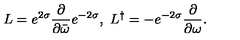
L = e ^ { 2 \sigma } \frac { \partial } { \partial \bar { \omega } } e ^ { - 2 \sigma } , \ L ^ { \dag } = - e ^ { - 2 \sigma } \frac { \partial } { \partial \omega } .